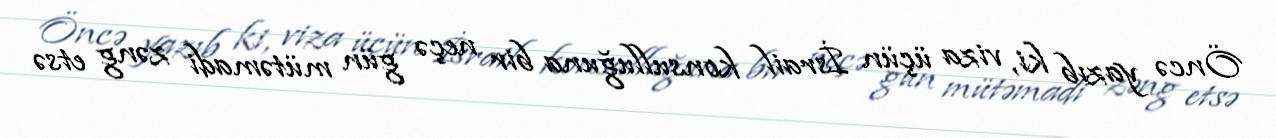
Öncə yazıb ki, viza üçün İsrail konsulluğuna bir neçə gün mütəmadi zəng etsə